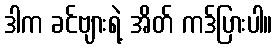
ဒါက ခင်ဗျားရဲ့ အိတ် ကဒ်ပြားပါ။